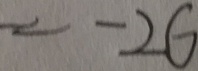
= - 2 6